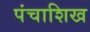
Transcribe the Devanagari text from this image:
पंचाशिख